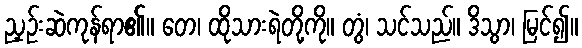
ညှဉ်းဆဲကုန်ရာ၏။ တေ၊ ထိုသားရဲတို့ကို။ တွံ၊ သင်သည်။ ဒိသွာ၊ မြင်၍။